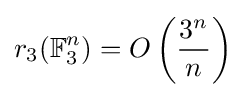
r_{3}(\mathbb {F} _{3}^{n})=O\left({\frac {3^{n}}{n}}\right)